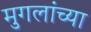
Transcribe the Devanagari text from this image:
मुगलांच्या